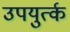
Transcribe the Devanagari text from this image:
उपयुर्त्क